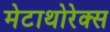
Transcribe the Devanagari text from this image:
मेटाथोरेक्स